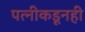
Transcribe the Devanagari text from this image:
पत्‍नीकडूनही